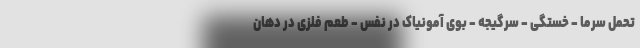
تحمل سرما - خستگی - سرگیجه - بوی آمونیاک در نفس - طعم فلزی در دهان